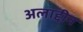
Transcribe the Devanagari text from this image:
अलाद्दीन